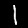
Digit: 1